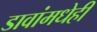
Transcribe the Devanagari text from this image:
डावांमधेही